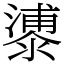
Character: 𣿀